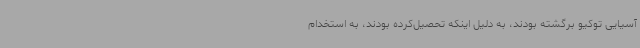
آسیایی توکیو برگشته بودند، به دلیل اینکه تحصیل‌کرده بودند، به استخدام